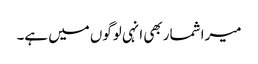
میرا شمار بھی انہی لوگوں میں ہے۔